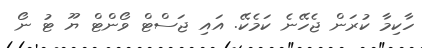
ހާކިމާ ކުރަން ޖެހޭނެ ކަމެކޭ. އައި ޖަސްޓް ވޯންޓް ޔޫ ޓު ނޯ